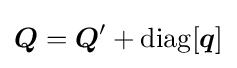
{\boldsymbol {Q}}={\boldsymbol {Q}}'+\operatorname {diag} [{\boldsymbol {q}}]